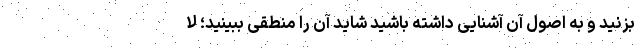
بزنید و به اصول آن آشنایی داشته باشید شاید آن را منطقی ببینید؛ لا